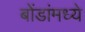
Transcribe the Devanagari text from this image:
बोंडांमध्ये